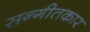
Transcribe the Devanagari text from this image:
सन्गीतकार